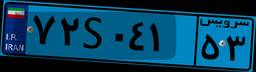
۷۲S۰۴۱۵۳